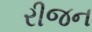
રીજન